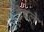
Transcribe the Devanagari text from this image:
टेबले